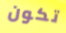
تكون